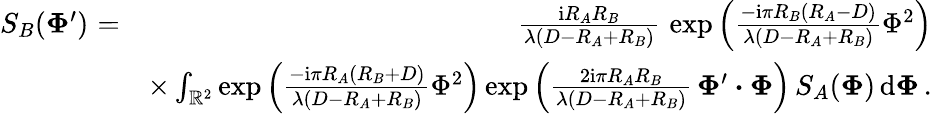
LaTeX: \begin{array}{rlr}{S_{B}(\boldsymbol\Phi^{\prime})}&{\! \! \! \! =}&{\! \! \! \! {\frac{\mathrm{i}R_{A}R_{B}}{\lambda(D-R_{A}+R_{B})}}\, \exp\left({\frac{-\mathrm{i}\pi R_{B}(R_{A}-D)}{\lambda(D-R_{A}+R_{B})}}\Phi^{2}\right)}\\ &{}&{\times\int_{{\mathbb R}^{2}}\exp\left({\frac{-\mathrm{i}\pi R_{A}(R_{B}+D)}{\lambda(D-R_{A}+R_{B})}}\Phi^{2}\right)\exp\left({\frac{2\mathrm{i}\pi R_{A}R_{B}}{\lambda(D-R_{A}+R_{B})}}\, \boldsymbol\Phi^{\prime}\boldsymbol\cdot\boldsymbol\Phi\right)\, S_{A}(\boldsymbol\Phi)\, \mathrm{d}\boldsymbol\Phi\, .}\end{array}